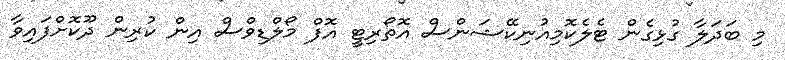
މި ބަދަލާ ގުޅިގެން ޓެލެކޮމިއުނިކޭޝަންސް އޮތޯރިޓީ އޮފް މޯލްޑިވްސް އިން ކުރިން ދޫކޮށްފައިވާ